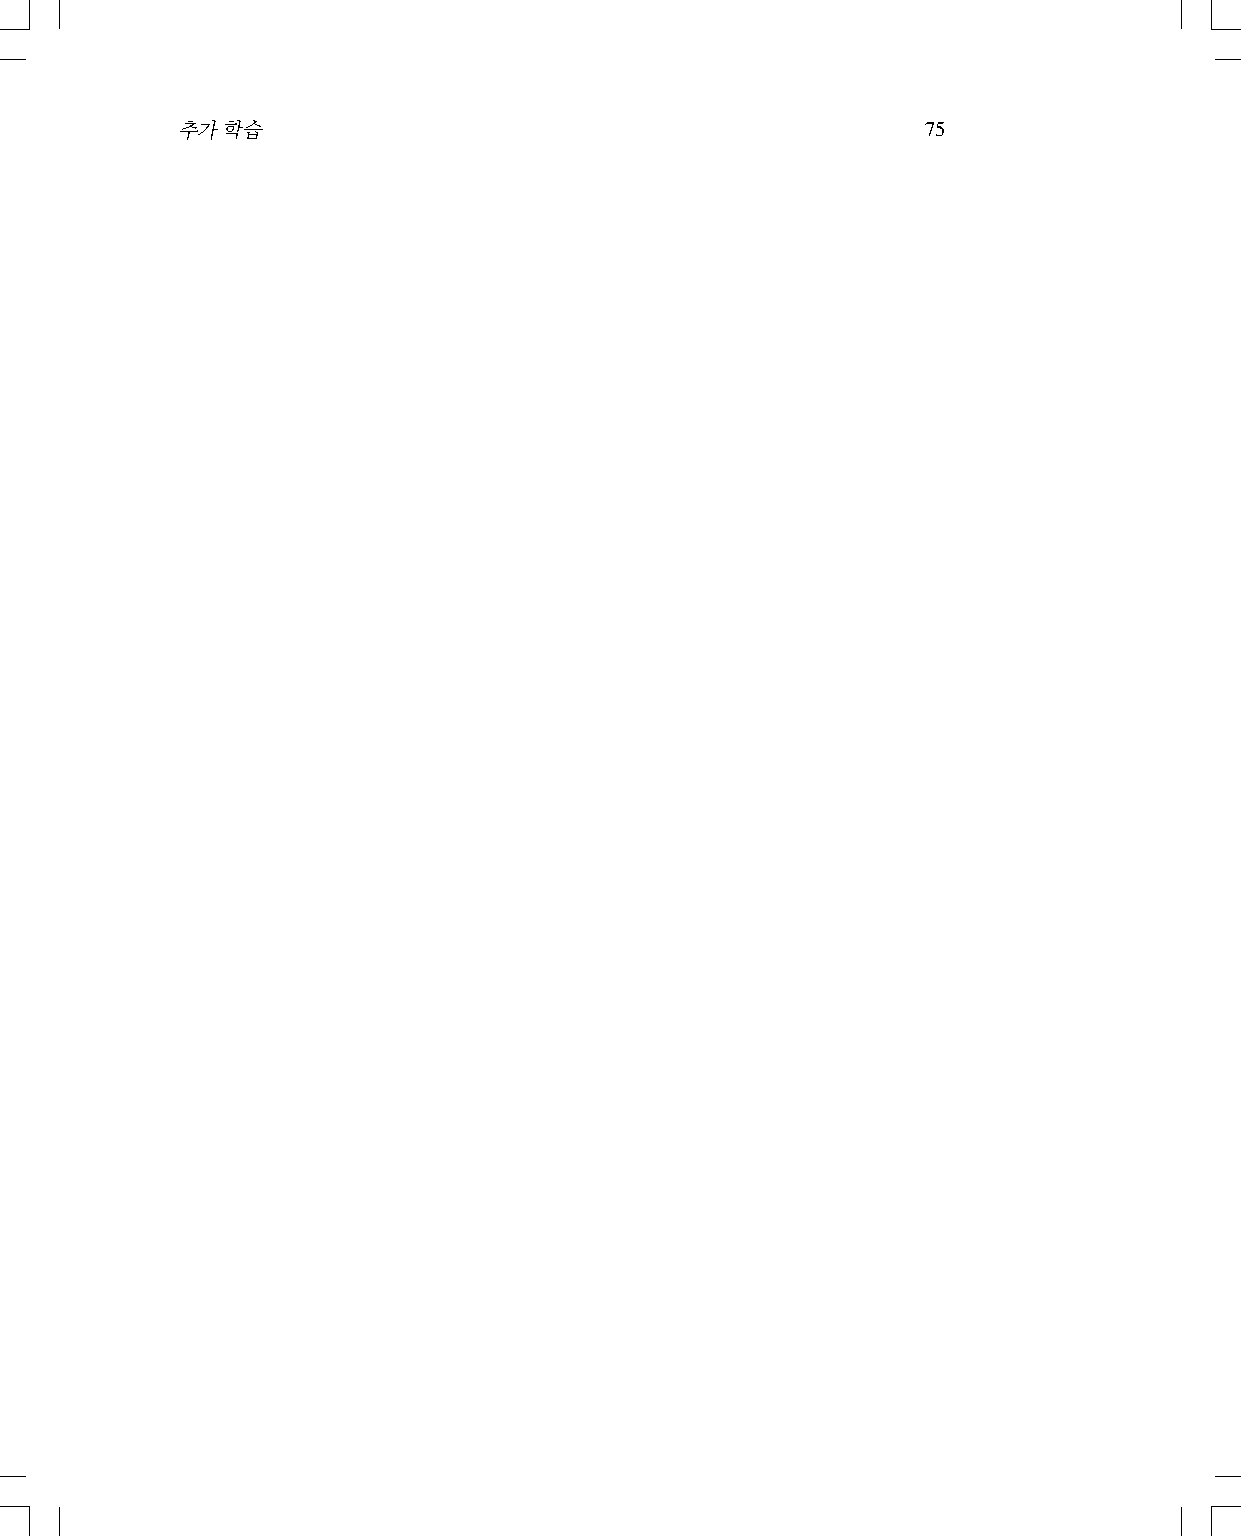
추가학습                                             75